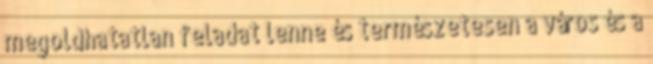
megoldhatatlan feladat lenne és természetesen a város és a